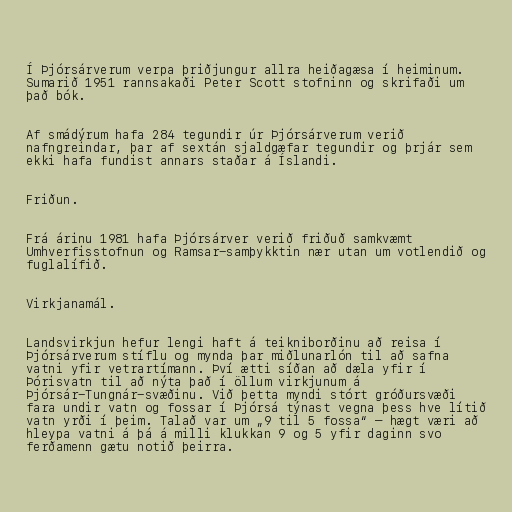
Í Þjórsárverum verpa þriðjungur allra heiðagæsa í heiminum.
Sumarið 1951 rannsakaði Peter Scott stofninn og skrifaði um
það bók.

Af smádýrum hafa 284 tegundir úr Þjórsárverum verið
nafngreindar, þar af sextán sjaldgæfar tegundir og þrjár sem
ekki hafa fundist annars staðar á Íslandi.

Friðun.

Frá árinu 1981 hafa Þjórsárver verið friðuð samkvæmt
Umhverfisstofnun og Ramsar-samþykktin nær utan um votlendið og
fuglalífið.

Virkjanamál.

Landsvirkjun hefur lengi haft á teikniborðinu að reisa í
Þjórsárverum stíflu og mynda þar miðlunarlón til að safna
vatni yfir vetrartímann. Því ætti síðan að dæla yfir í
Þórisvatn til að nýta það í öllum virkjunum á
Þjórsár-Tungnár-svæðinu. Við þetta myndi stórt gróðursvæði
fara undir vatn og fossar í Þjórsá týnast vegna þess hve lítið
vatn yrði í þeim. Talað var um „9 til 5 fossa“ – hægt væri að
hleypa vatni á þá á milli klukkan 9 og 5 yfir daginn svo
ferðamenn gætu notið þeirra.